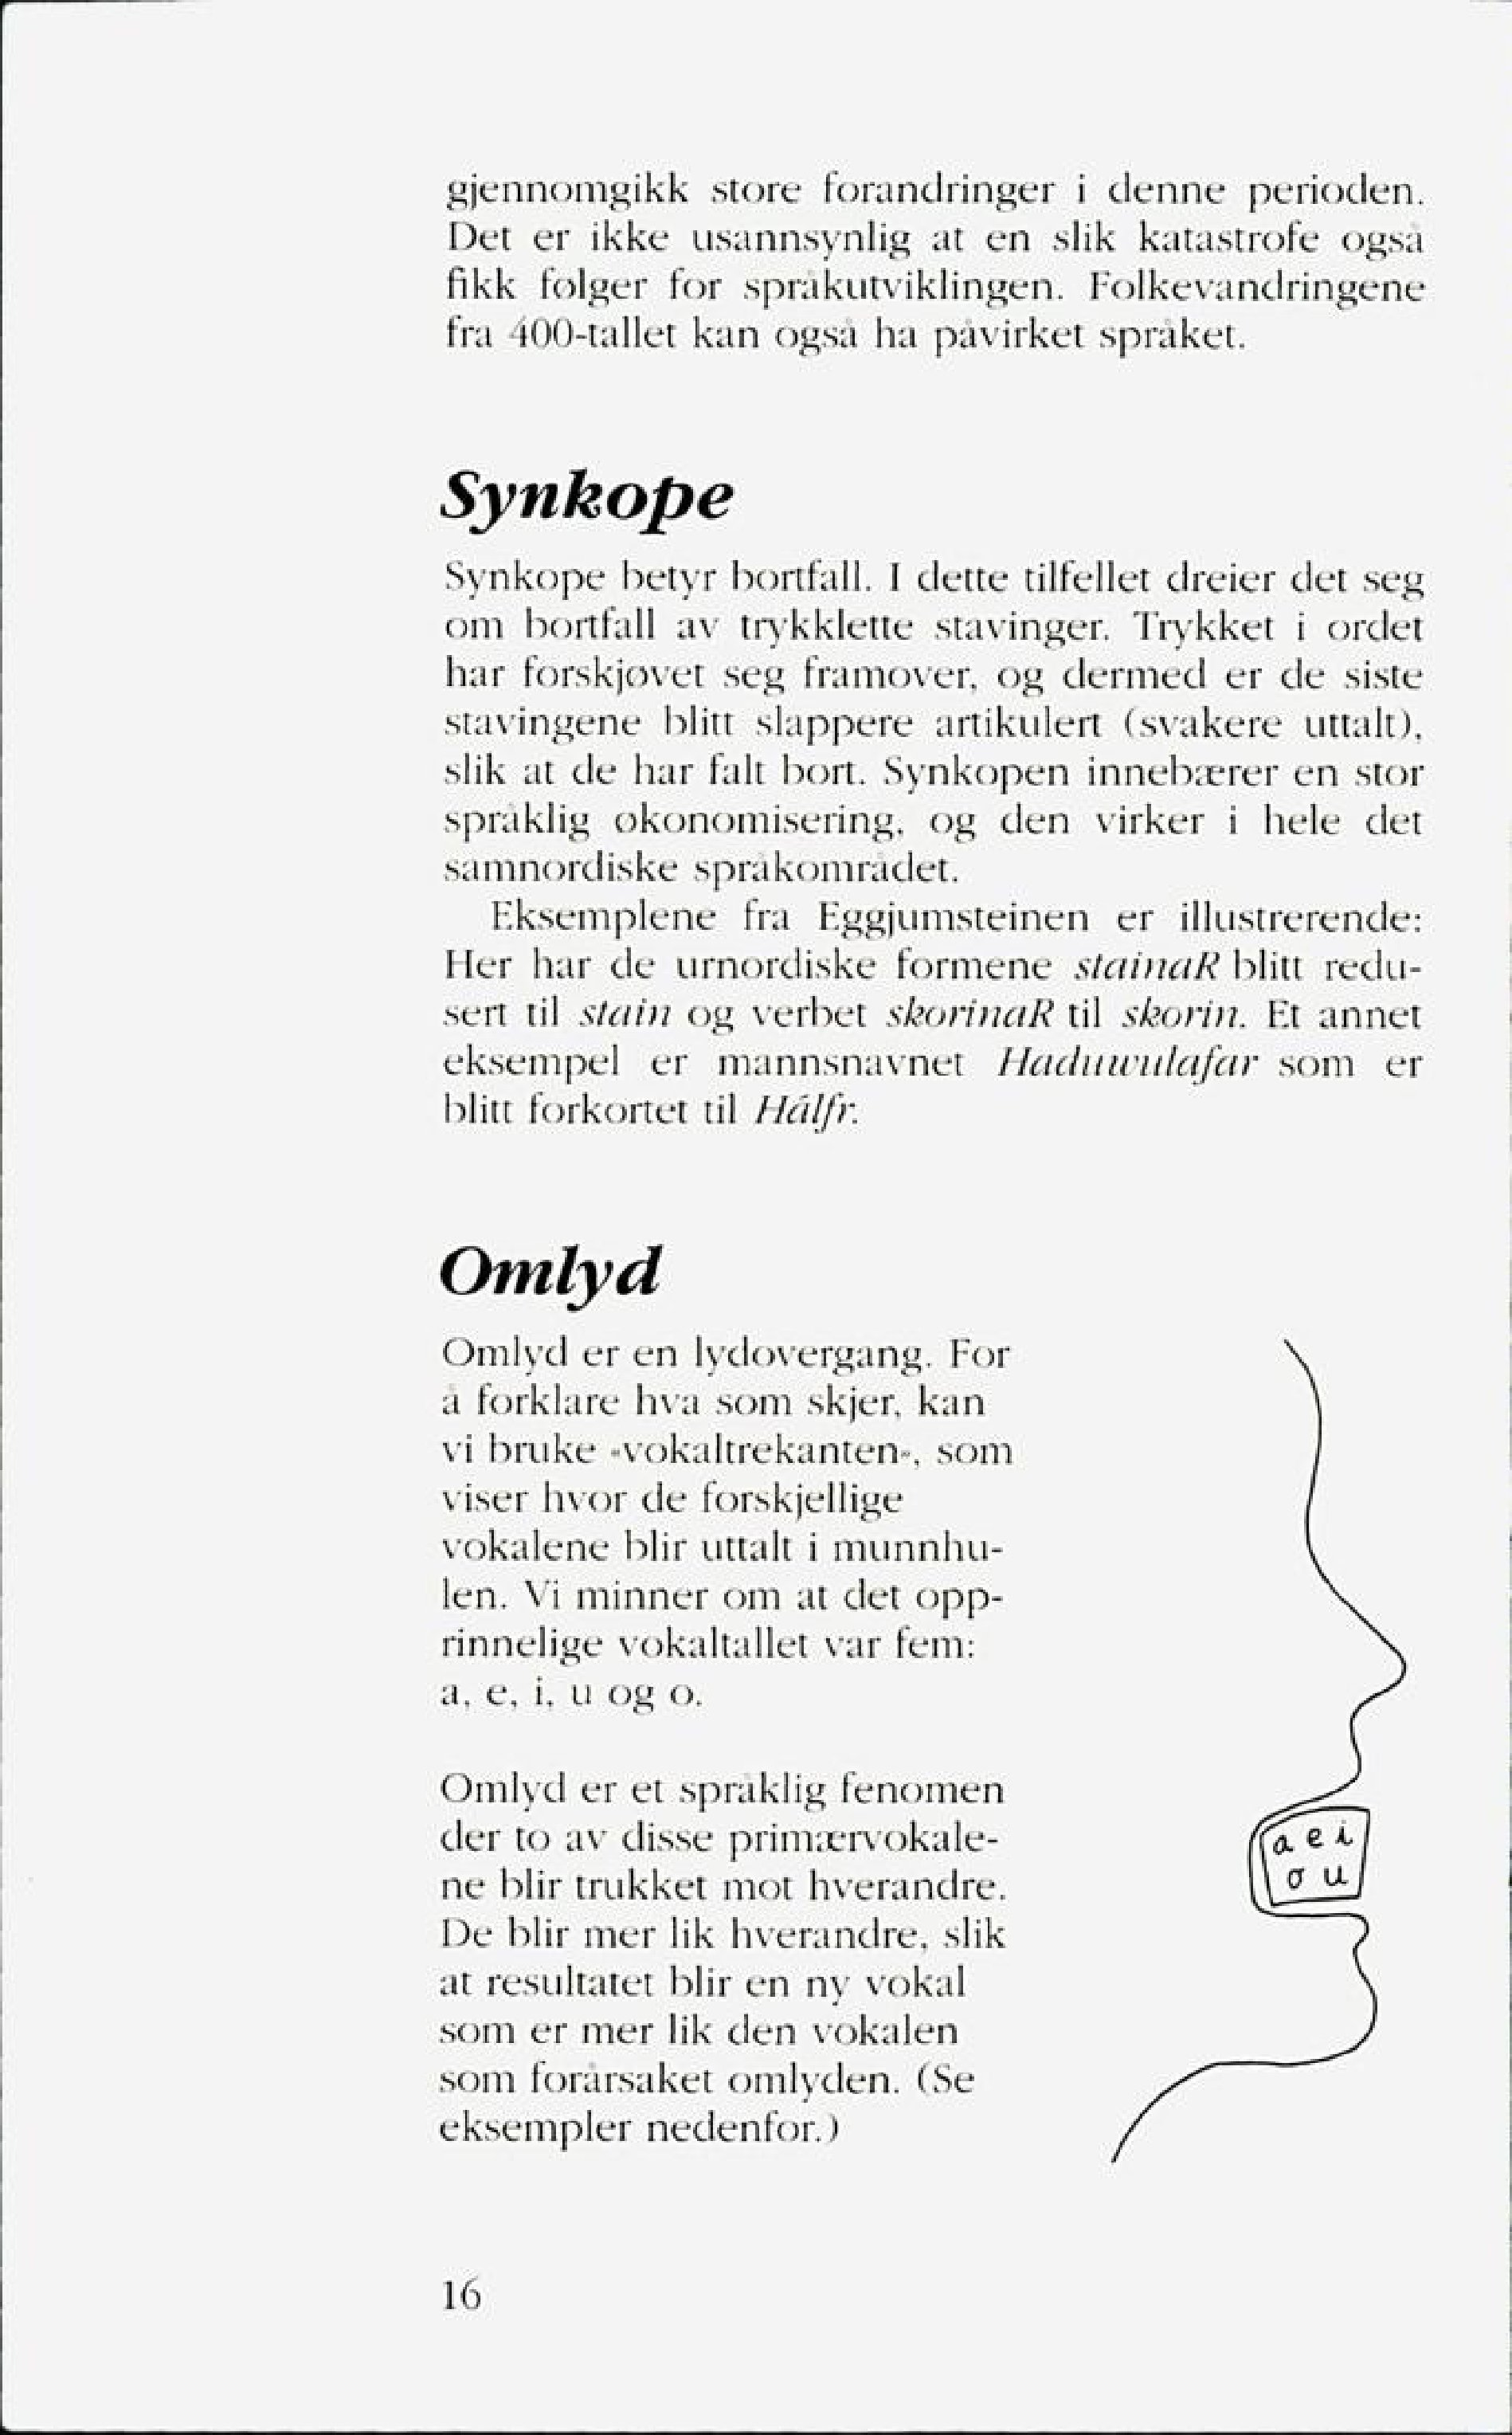
Language: no